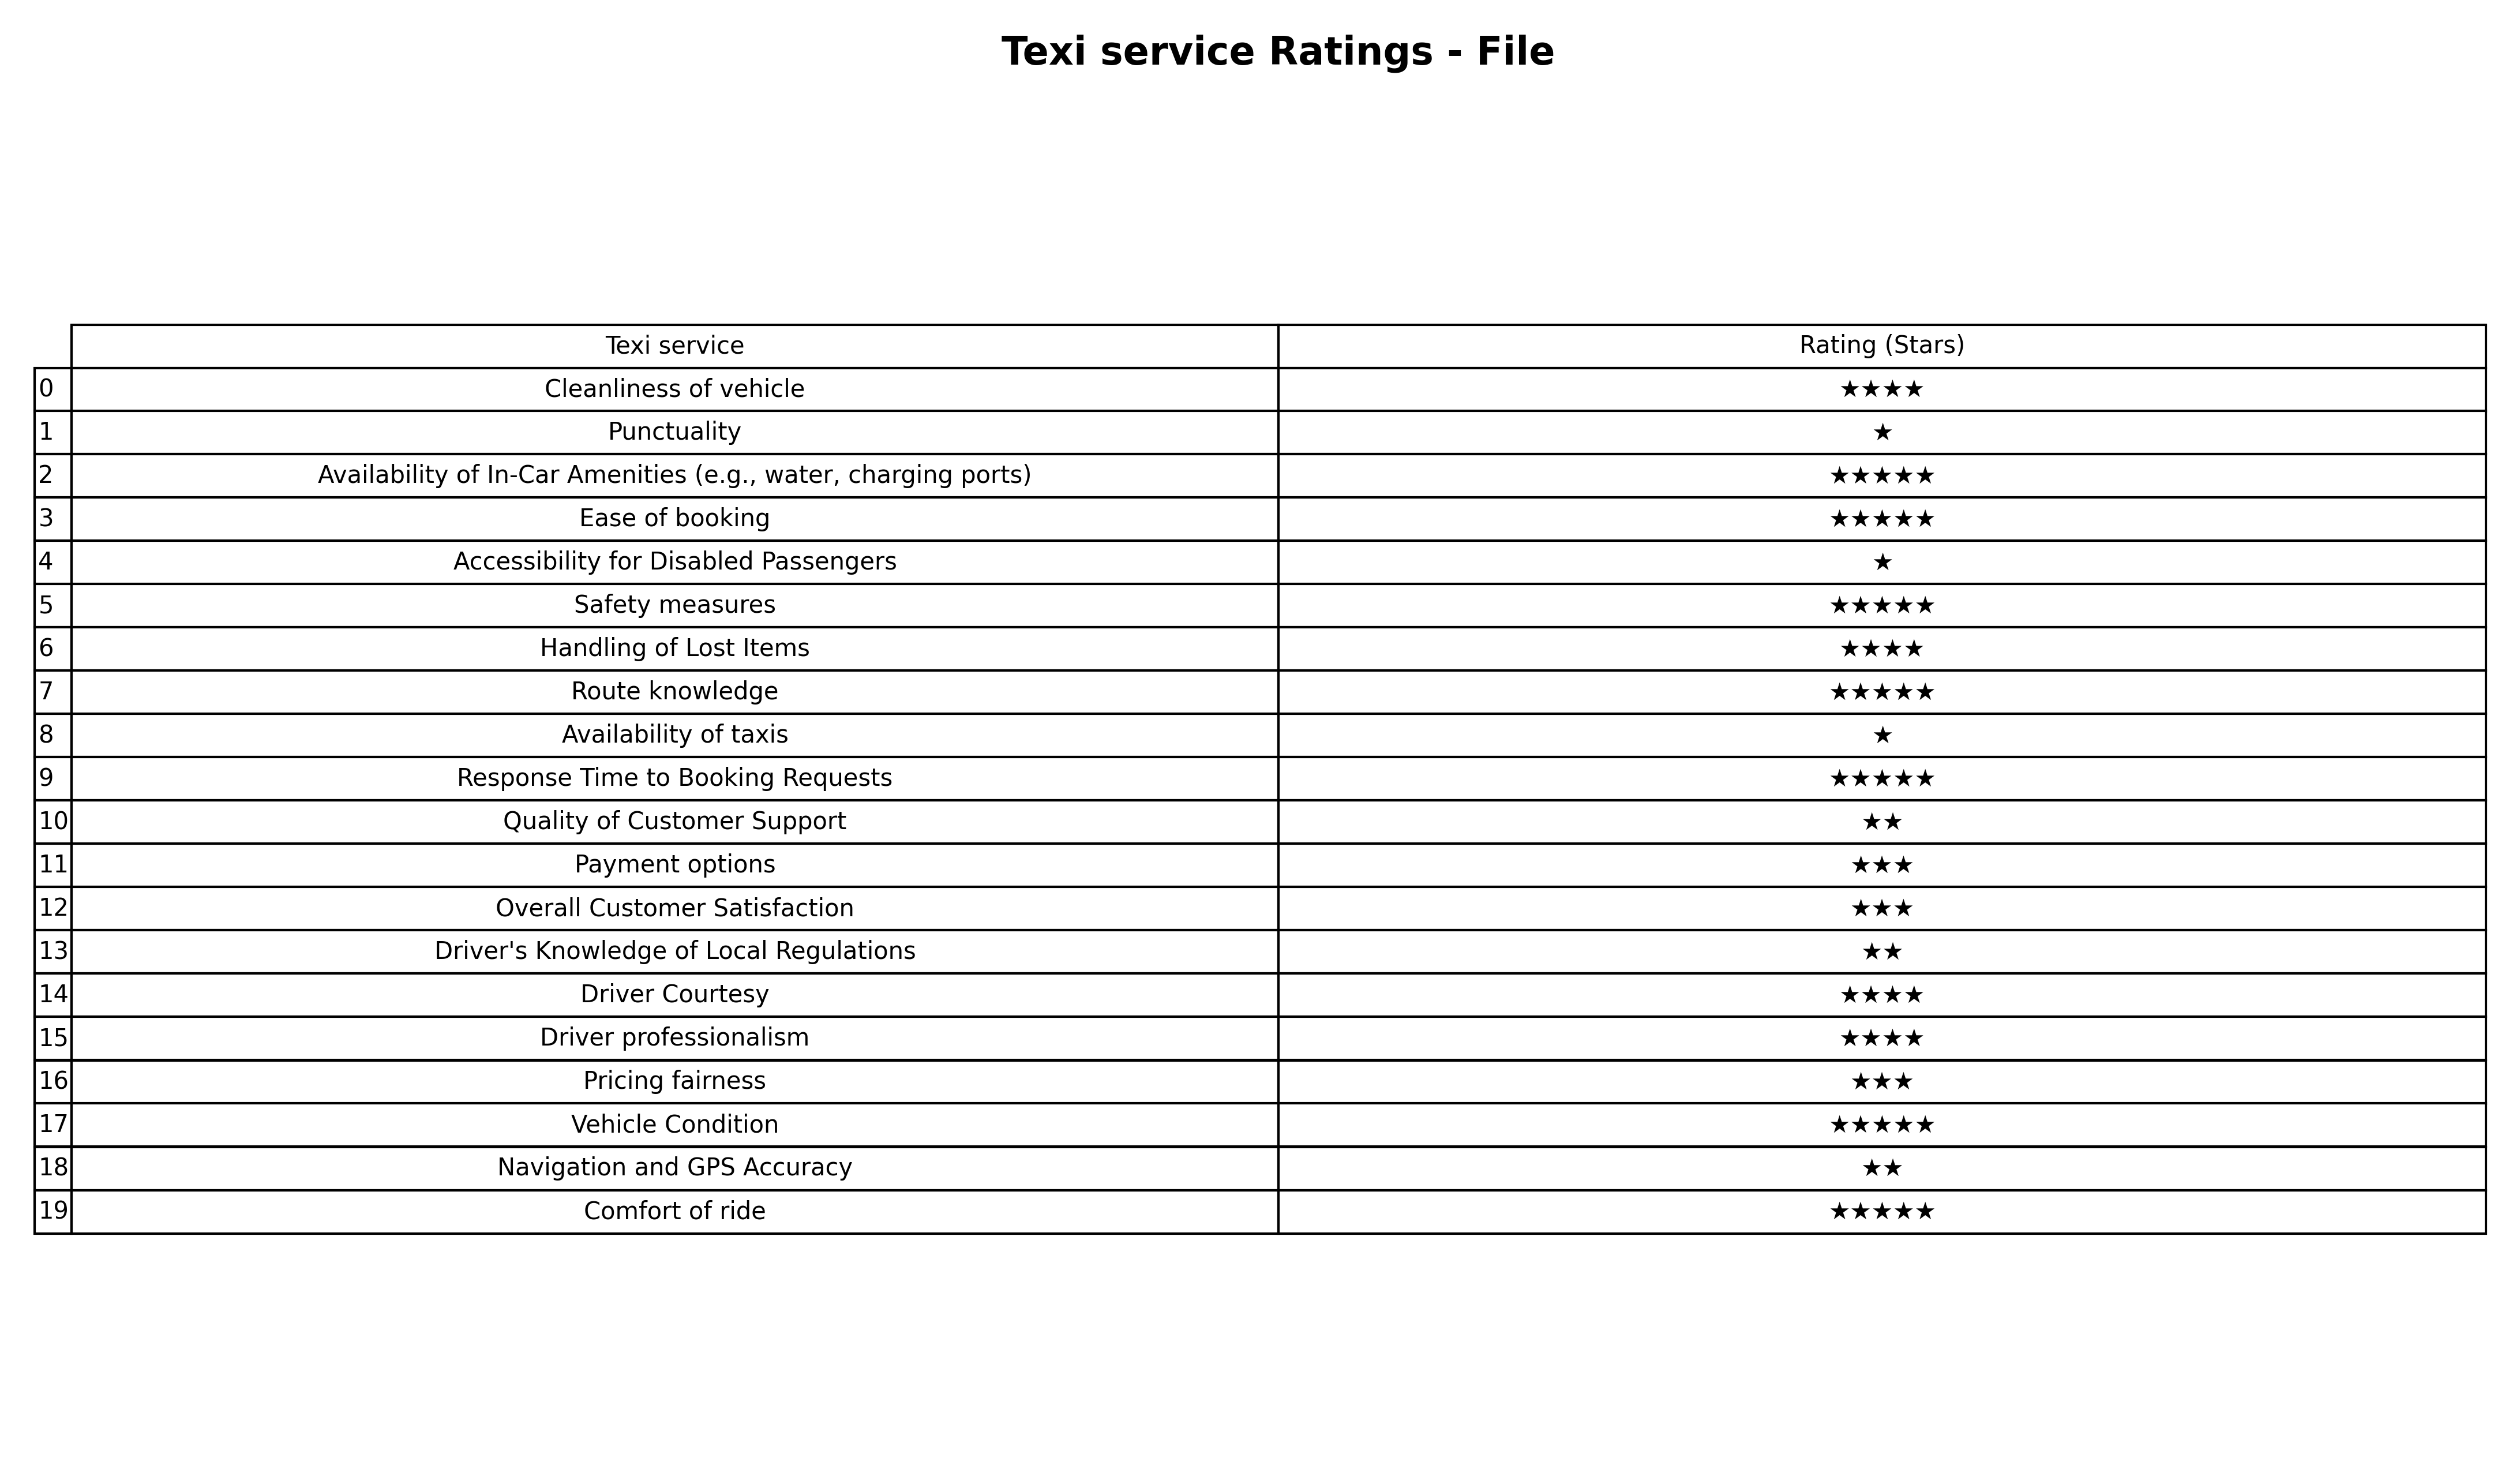
question: What are five star services?
answer: Availability of In-Car Amenities (e.g., water, charging ports)Ease of bookingSafety measuresRoute knowledgeResponse Time to Booking RequestsVehicle ConditionComfort of ride